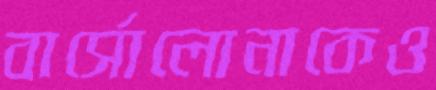
বার্সোলোনাকেও